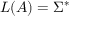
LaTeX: L ( A ) = \Sigma ^ { * }